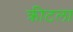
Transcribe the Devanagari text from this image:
क्रीटला